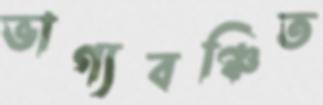
ভাগ্যবঞ্চিত